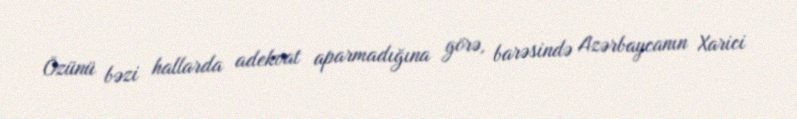
Özünü bəzi hallarda adekvat aparmadığına görə, barəsində Azərbaycanın Xarici